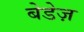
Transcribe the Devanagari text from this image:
बेडेज़